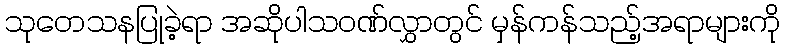
သုတေသနပြုခဲ့ရာ အဆိုပါသဝဏ်လွှာတွင် မှန်ကန်သည့်အရာများကို